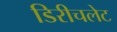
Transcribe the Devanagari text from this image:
डिरीचलेट